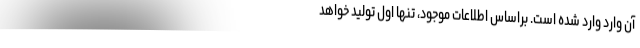
آن وارد وارد شده است. براساس اطلاعات موجود، تنها اَول تولید خواهد